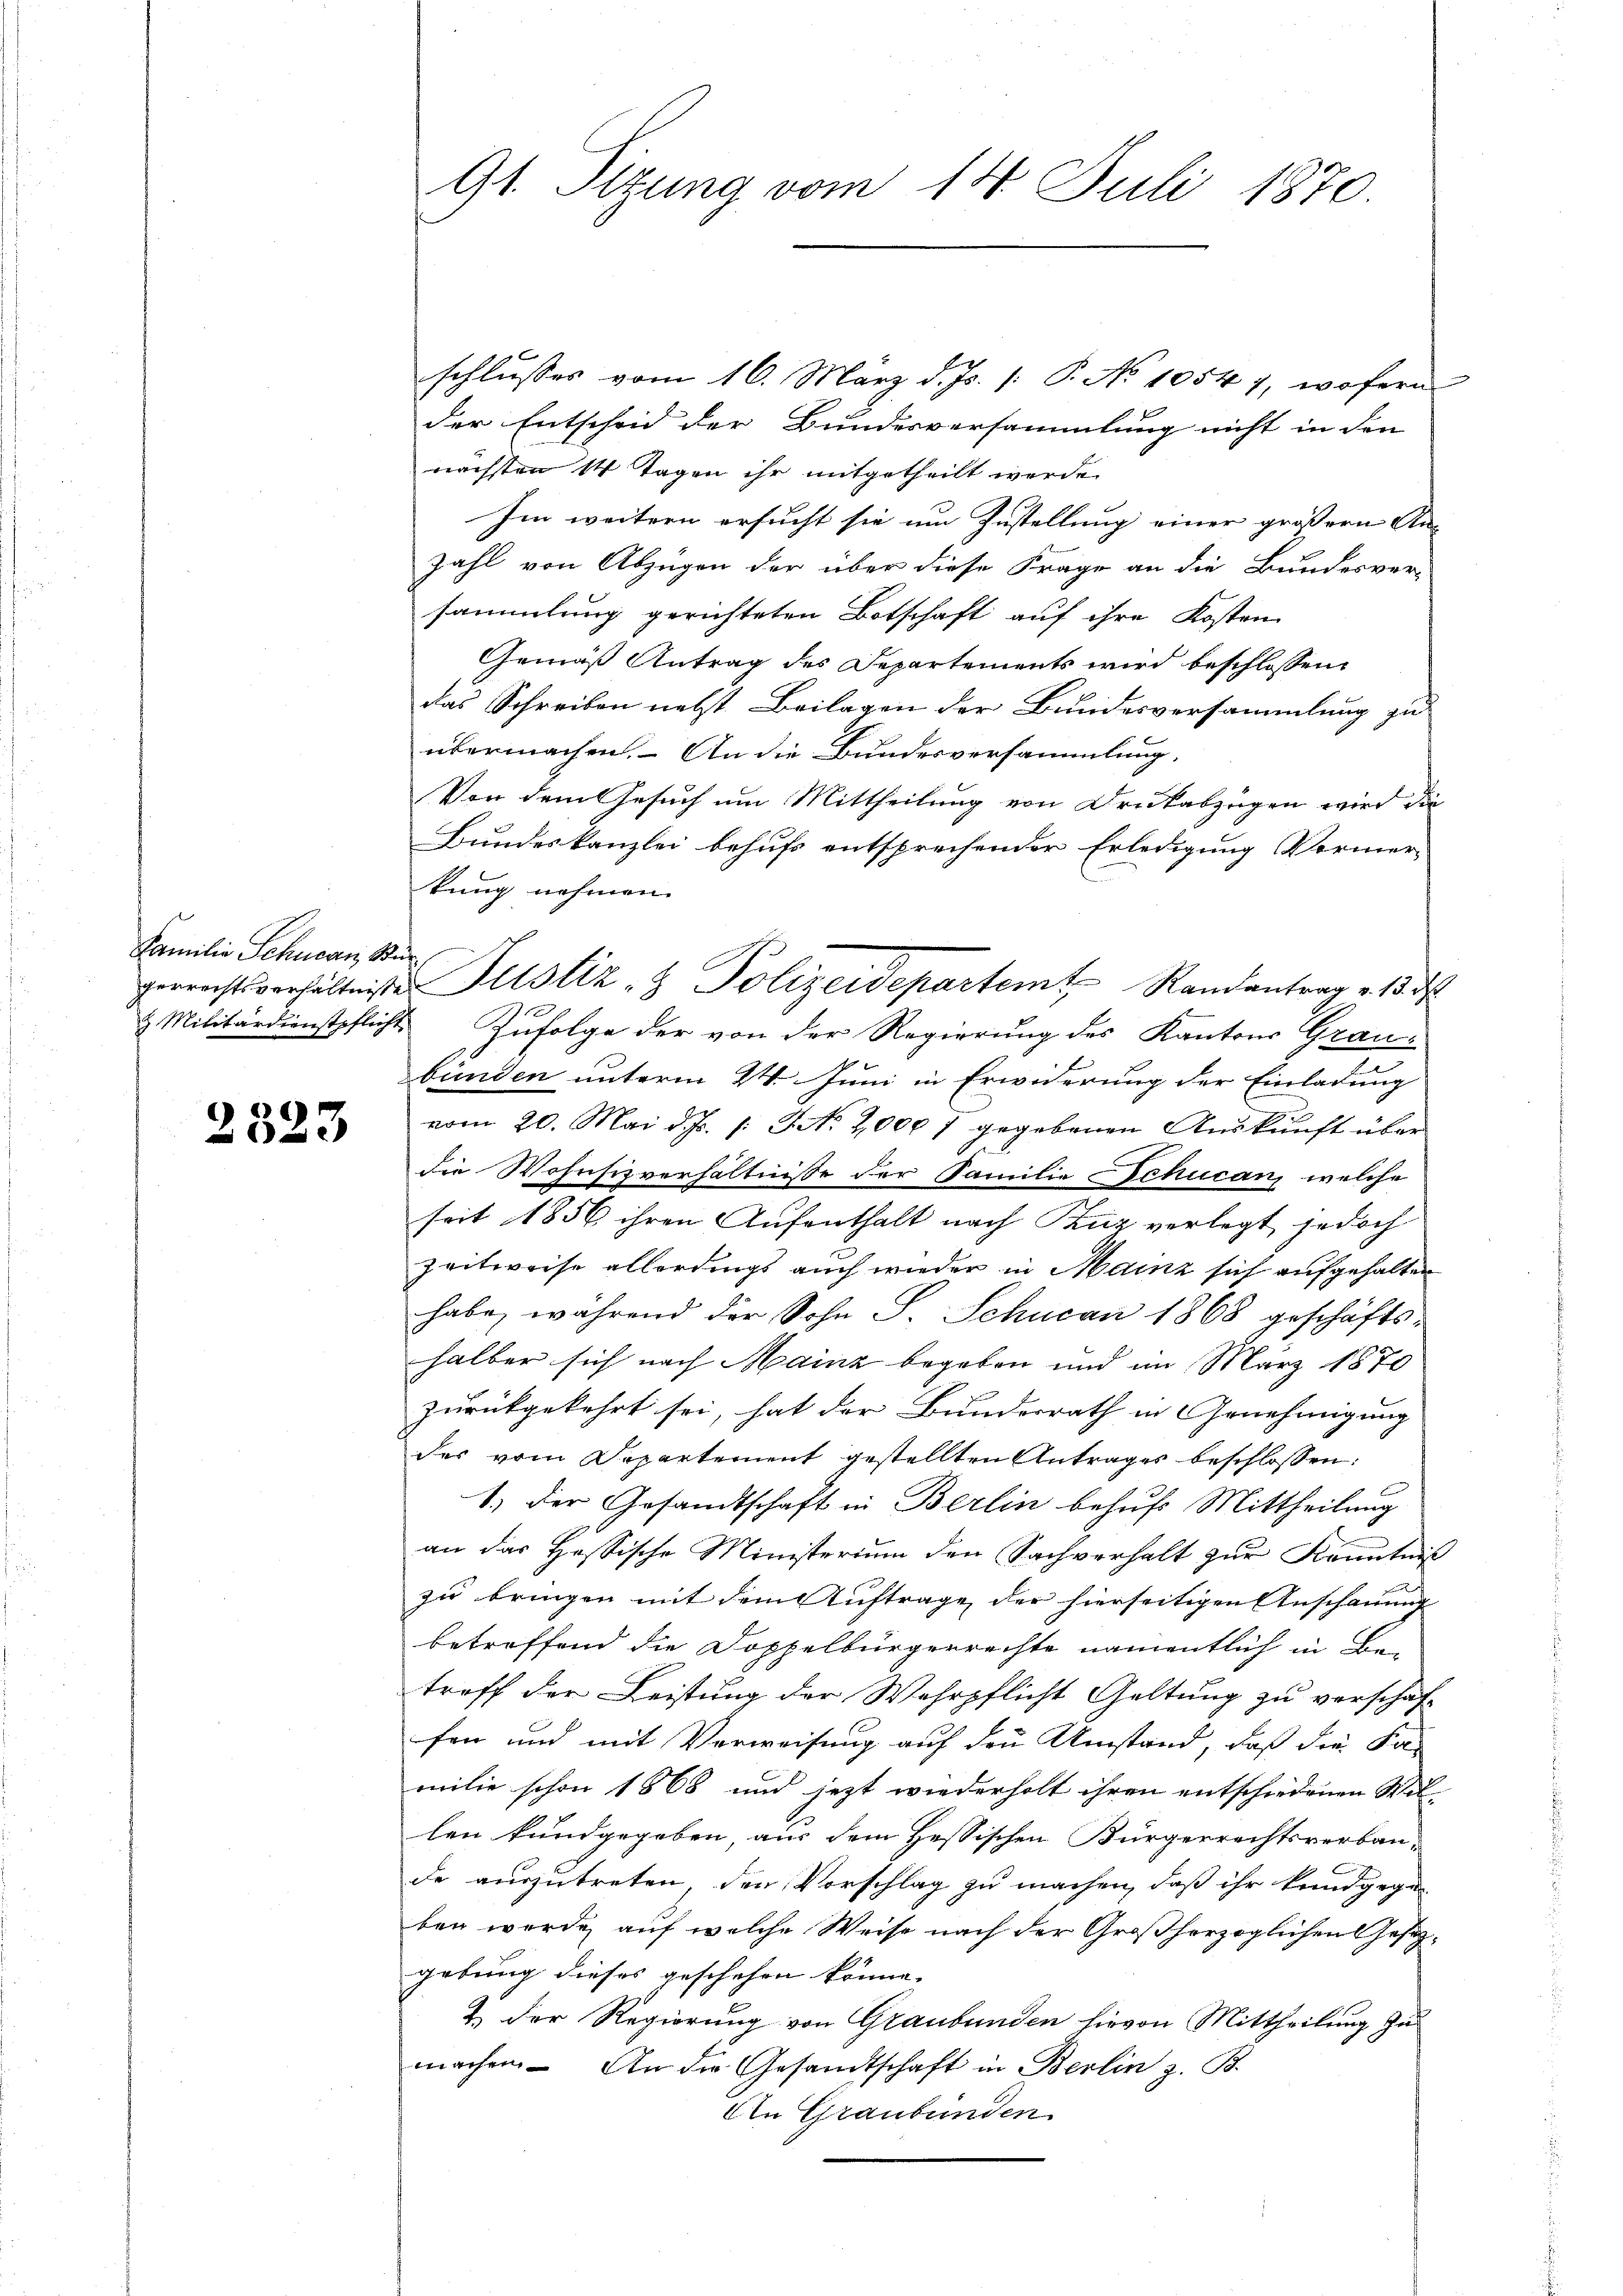
Familie Schuean, S
gerrechtsverhältnis.

2323

91. Sitzung vom 14. Juli 1870.

t

schlusses vom 16. März d. Js. [: P. No 10547, wofern
der Entscheid der Bundesversammlung nicht in den
nächsten 14 Tagen ihr mitgetheilt werde.
Im weitern ersucht sie um Zustellung einer größern An¬
Zahl von Abzugen der über diese Frage an die Bundesver-
sammlung gerichteten Botschaft auf ihre Kosten
Gemäß Antrag des Departements wird beschlossen,
das Schreiben nebst Beilagen der Bundesversammlung zu
übermachen. – An die Bundesversammlung.
Von dem Gesuch um Mittheilung von Drukabzügen wird die
Bundeskanzlei behufs entsprechender Erledigung Vormer-
kung nehmen.
u Justiz- & Polizeidepartem Randantrag v. 18. d
& Militärdienstpflicht. Zufolge der von der Regierung des Kantons Grau-
bünden unterm 24. Juni in Erwiderung der Einladung
vom 20. Mai d. Js. /: J No. 2000 7 gegebenen Auskunft über
die Wohnsitzverhältnisse der Familie Schucan, welche
seit 1856 ihren Aufenthalt nach Buz verlegt jedoch
Zeitweise allerdings auch wieder in Mainz sich aufgehalten
habe, während der Sohn S. Schucan 1868 geschäftshalber sich nach Mainz begeben und im März 1870
zurückgekehrt sei, hat der Bundesrath in Genehmigung
des vom Departement gestellten Antrages beschlossen:
1.) Der Gesandtschaft in Berlin behufs Mittheilung
an das Hassische Ministerium den Sachverhalt zur Kenntniß
zu bringen mit dem Auftrage der hierseitigen Anschauung
betreffend die Doppelbürgerrechte namentlich in Be-
treff der Leistung der Wehrpflicht Geltung zu verschaf-
fen und mit Verweisung auf den Umstand, daß die Ka-
milie schon 1868 und jetzt wiederholt ihren entschiedenen Wil-
len kundgegeben, aus dem Hessischen Bürgerrechtsverbau-
de auszutreten, den Vorschlag zu machen, daß ihr kundgegen
ben werde, auf welche Weise nach der Großherzoglichen Gesezgebung dieses geschehen könne.
2. Der Regierung von Graubünden hievon Mittheilung zu
machen. An die Gesandtschaft in Berlin z. B.
An Graubünden